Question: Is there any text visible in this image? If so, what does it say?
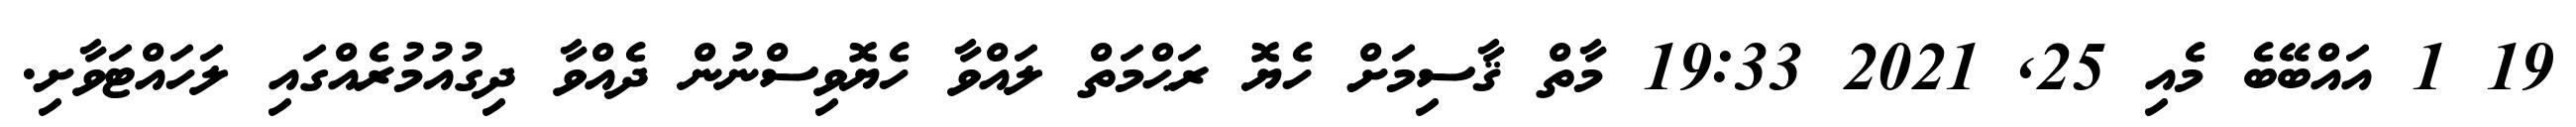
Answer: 19 1 އައްބޭބެ މެއި 25, 2021 19:33 މާތް ޤާސިމަށް ހެޔޮ ރަޙްމަތް ލައްވާ ހެޔޮވިސްނުން ދެއްވާ ދިގުއުމުރެއްގައި ލަހައްޓަވާށި.